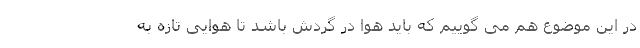
در این موضوع هم می گوییم که باید هوا در گردش باشد تا هوایی تازه به